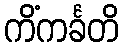
ကိံကင်္ခတိ